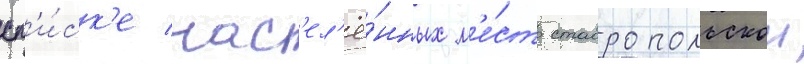
сп'и́ск'е нас'ел'ё́нных м'е́ст ставропольскои